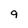
Character: 9